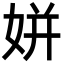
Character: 姘